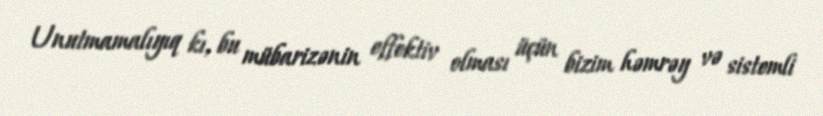
Unutmamalıyıq kı, bu mübarizənin effektiv olması üçün bizim həmrəy və sistemli